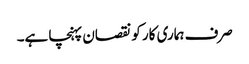
صرف ہماری کار کو نقصان پہنچا ہے۔